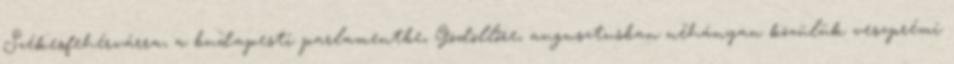
Székesfehérvárra, a budapesti parlamentbe, Gödöllőre, augusztusban néhányan közülük veszprémi